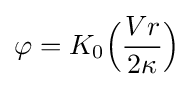
\varphi =K_{0}{\Bigl (}{Vr \over 2\kappa }{\Bigl )}